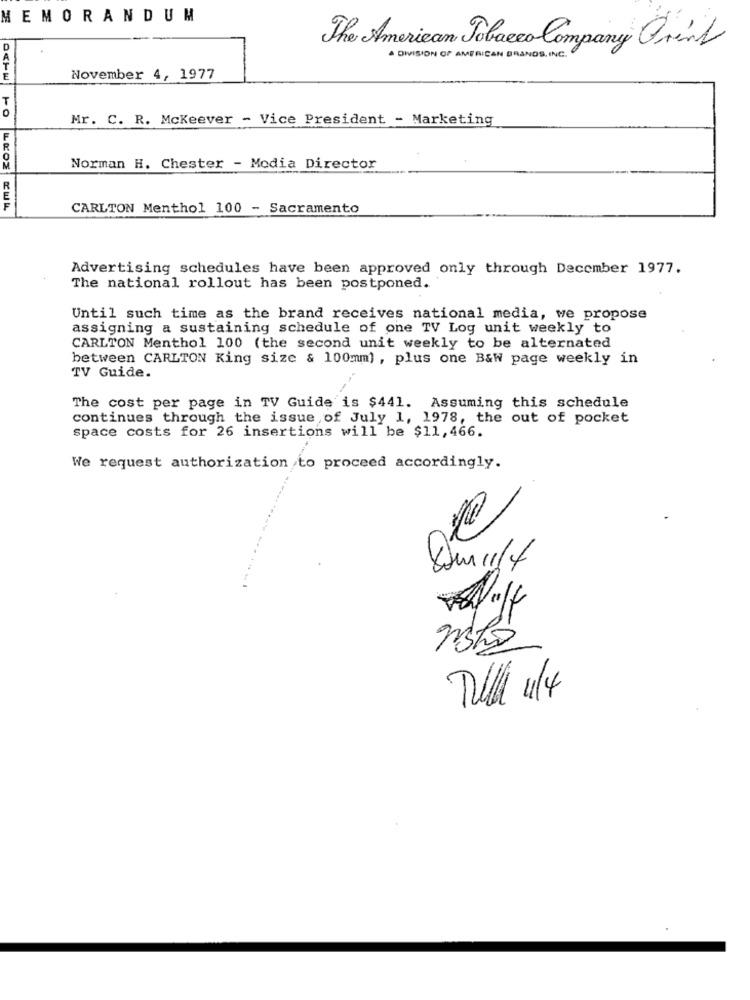
MEMORANDUM
D
The American Tobacco Company Orink
. DIVISION OF AMERICAN BRANDS , INC.
November 4, 1977
0
Mr. C. R. Mckeever - Vice President - Marketing
F
Norman H. Chester - Media Director
CARLTON Menthol 100 - Sacramento
Advertising schedules have been approved only through December 1977.
The national rollout has been postponed.
Until such time as the brand receives national media, we propose
assigning a sustaining schedule of one TV Log unit weekly to
CARLTON Menthol 100 (the second unit weekly to be alternated
between CARLTON King size & 100mm), plus one B&W page weekly in
TV Guide.
The cost per page in TV Guide is $441. Assuming this schedule
continues through the issue of July 1, 1978, the out of pocket
space costs for 26 insertions will be $11,466.
We request authorization to proceed accordingly.
Till 4/4